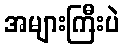
အများကြီးပဲ